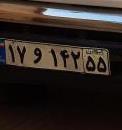
۱۷و۱۴۲۵۵